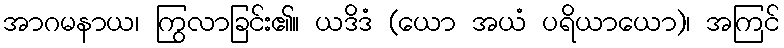
အာဂမနာယ၊ ကြွလာခြင်း၏။ ယဒိဒံ (ယော အယံ ပရိယာယော)၊ အကြင်